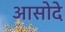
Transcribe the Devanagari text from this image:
आसोदे